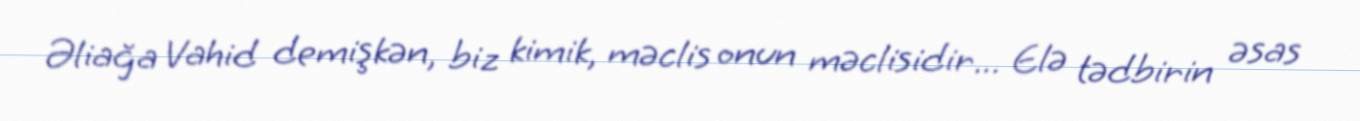
Əliağa Vahid demişkən, biz kimik, məclis onun məclisidir... Elə tədbirin əsas